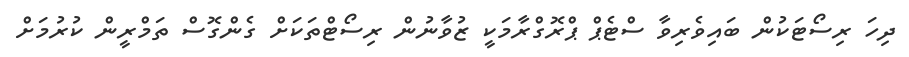
ދިހަ ރިސޯޓަކުން ބައިވެރިވާ ސްޓެޕް ޕްރޮގްރާމަކީ ޒުވާނުން ރިސޯޓްތަކަށް ގެންގޮސް ތަމްރީން ކުރުމަށް